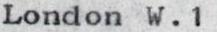
London W.1